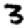
Digit: 3